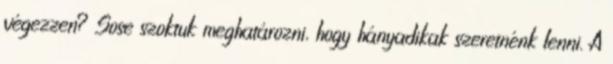
végezzen? Sose szoktuk meghatározni, hogy hányadikak szeretnénk lenni. A